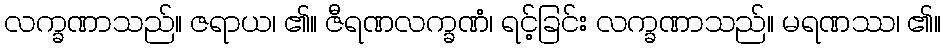
လက္ခဏာသည်။ ဇရာယ၊ ၏။ ဇီရဏလက္ခဏံ၊ ရင့်ခြင်း လက္ခဏာသည်။ မရဏဿ၊ ၏။